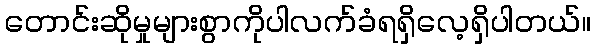
တောင်းဆိုမှုများစွာကိုပါလက်ခံရရှိလေ့ရှိပါတယ်။